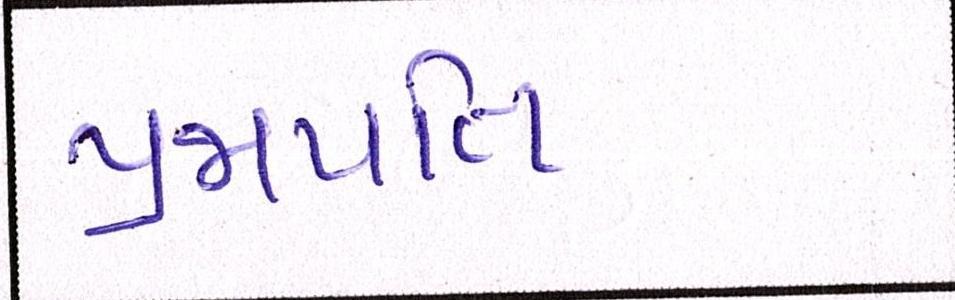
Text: પ્રજાપતિ